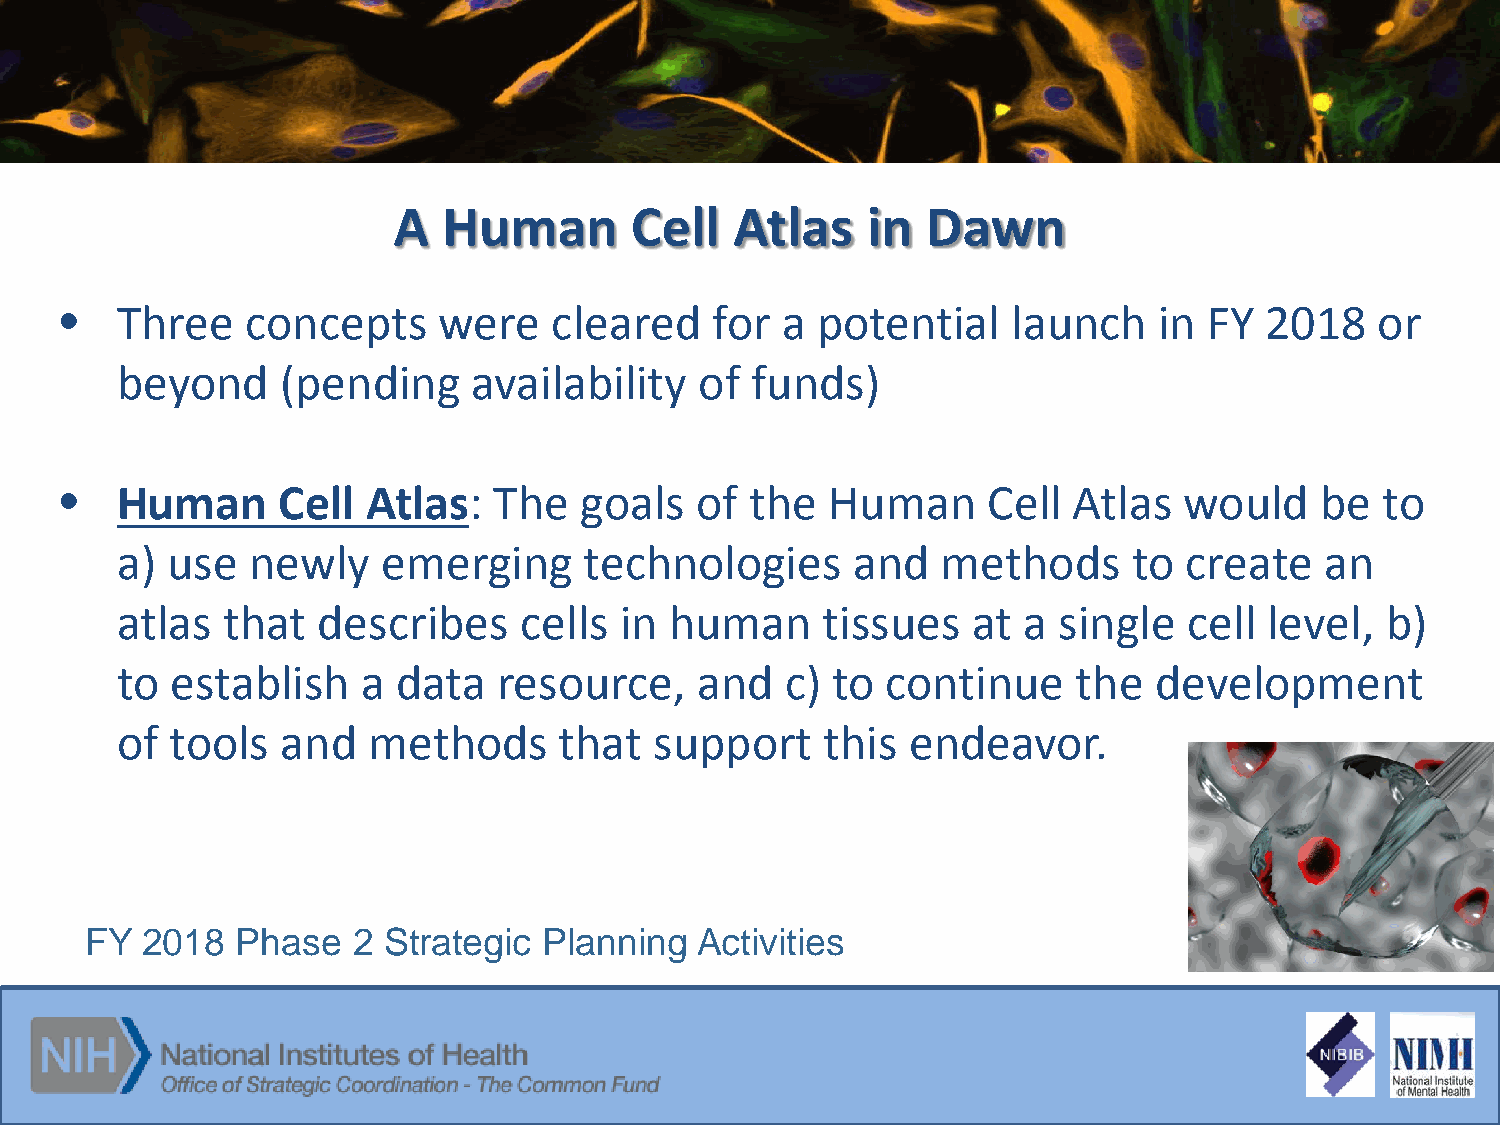
A  Human        Cell   Atlas   in  Dawn
 •   Three   concepts     were    cleared   for  a potential    launch    in FY  2018   or
 beyond     (pending    availability   of  funds)
 •   Human     Cell  Atlas:   The  goals   of  the  Human     Cell  Atlas  would    be   to
 a) use  newly    emerging      technologies     and   methods      to create    an
 atlas  that  describes    cells  in human     tissues   at  a single   cell level,  b)
 to establish    a data   resource,    and   c) to  continue    the  development
 of tools   and  methods      that  support     this endeavor.
 FY 2018   Phase  2 Strategic  Planning  Activities